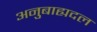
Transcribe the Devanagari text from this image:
अनुबाह्यदल